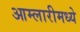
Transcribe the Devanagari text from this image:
आम्लारीमध्ये